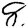
Digit: 8